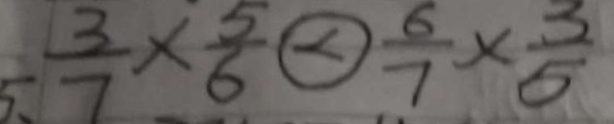
5 、 \frac { 3 } { 7 } \times \frac { 5 } { 6 } \textcircled { < } \frac { 6 } { 7 } \times \frac { 3 } { 5 }